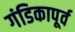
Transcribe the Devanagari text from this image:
गंडिकापूर्व